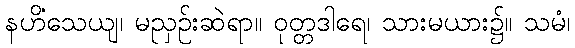
နဟိံသေယျ၊ မညှဉ်းဆဲရာ။ ဝုတ္တဒါရေ၊ သားမယား၌။ သမံ၊